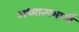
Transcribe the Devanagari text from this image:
अध्यात्ममार्गी